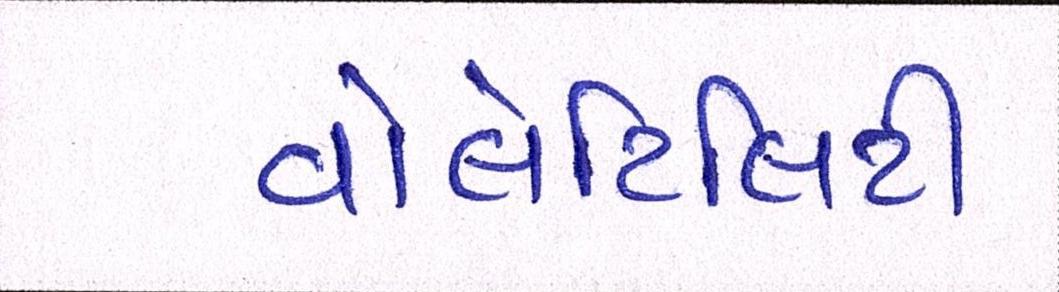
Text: વોલેટિલિટી